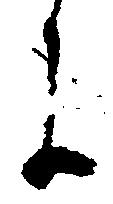
に